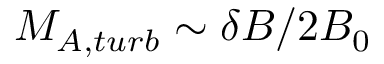
M _ { A , t u r b } \sim \delta B / 2 B _ { 0 }